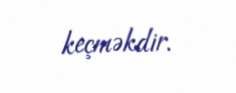
keçməkdir.